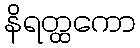
နိရတ္ထကော